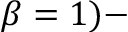
\beta = 1 ) -